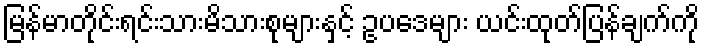
မြန်မာတိုင်းရင်းသားမိသားစုများနှင့် ဥပဒေများ ယင်းထုတ်ပြန်ချက်ကို